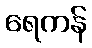
ရေကန်